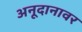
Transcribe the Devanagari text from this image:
अनूदानावर